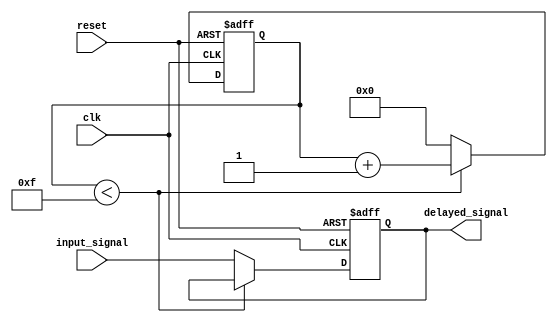
module nor_gate_delay (
    input wire clk,
    input wire reset,
    input wire input_signal,
    output wire delayed_signal
);

reg delayed_signal_internal;
reg [3:0] delay_counter;

always @(posedge clk or posedge reset) begin
    if (reset) begin
        delay_counter <= 4'b0000;
        delayed_signal_internal <= 1'b0;
    end
    else begin
        if (delay_counter < 4'b1111) begin
            delay_counter <= delay_counter + 1;
        end
        else begin
            delay_counter <= 4'b0000;
            delayed_signal_internal <= input_signal;
        end
    end
end

assign delayed_signal = delayed_signal_internal;

endmodule